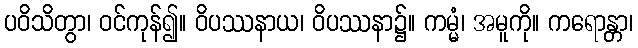
ပဝိသိတွာ၊ ဝင်ကုန်၍။ ဝိပဿနာယ၊ ဝိပဿနာ၌။ ကမ္မံ၊ အမူကို။ ကရောန္တာ၊